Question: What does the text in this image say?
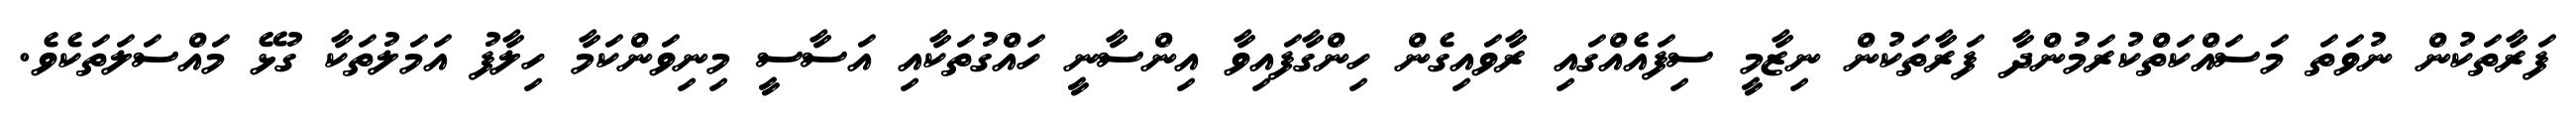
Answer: ފަރާތަކުން ނުވަތަ މަސައްކަތްކުރަމުންދާ ފަރާތަކުން ނިޒާމީ ސިފައެއްގައި ރާވައިގެން ހިންގާފައިވާ އިންސާނީ ހައްގުތަކާއި އަސާސީ މިނިވަންކަމާ ހިލާފު އަމަލުތަކާ ގުޅޭ މައްސަލަތަކެވެ.